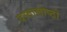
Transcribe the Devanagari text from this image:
दस्तालोष्ठो